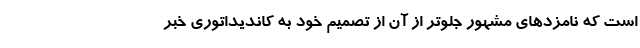
است که نامزدهای مشهور جلوتر از آن از تصمیم خود به کاندیداتوری خبر